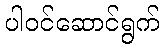
ပါဝင်ဆောင်ရွက်